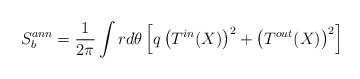
\begin{align*}S_b^{ann}=\frac{1}{2\pi}\int rd\theta \,\Bigl[q\,\bigl(T^{in}(X)\bigr)^2+\bigl(T^{out}(X)\bigr)^2\Bigl]\quad\end{align*}